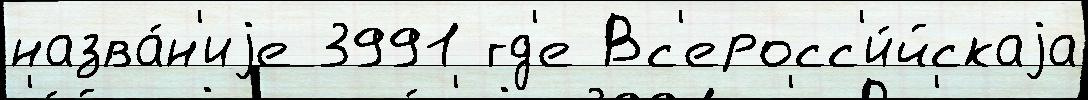
назва́н'иjе 3991 гд'е Вс'еросс'и́йскаjа